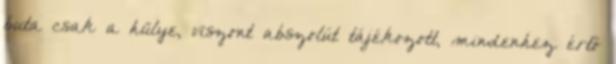
buta csak a hülye, viszont abszolút tájékozott, mindenhez értő